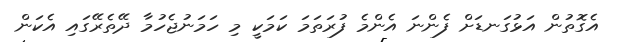
އެގޮތުން އަޅުގަނޑަށް ފެންނަ އެންމެ ފުރަތަމަ ކަމަކީ މި ހަމަނުޖެހުމާ ދޭތެރޭގައި އެކަން